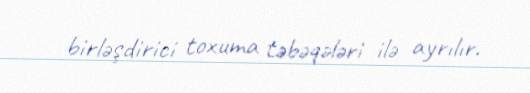
birləşdirici toxuma təbəqələri ilə ayrılır.